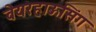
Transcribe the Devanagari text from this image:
वेयरहाऊसिंग